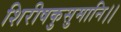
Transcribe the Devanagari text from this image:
शिरीषकुसुमानि।।